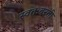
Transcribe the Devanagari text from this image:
स्वतःवरती